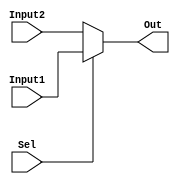
/*****************************************************************************
 *
 *Multiplexer 1 for 12 bit Microcontoller
 *Inputs : Input1 (8 bits), Input2(8 bits), Select 
 *
 *Outputs: Out (8bits)  
 *
 *Reference:
 *http://www.fpga4student.com/2016/11/verilog-hdl-implementation-of-micro.html
 *****************************************************************************/

 module MUX1(
 	input [7:0] Input1, Input2,
 	input Sel,
 	output [7:0] Out
 );

 assign Out = (Sel == 1)? Input1: Input2;
 endmodule